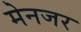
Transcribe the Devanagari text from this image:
मेनजर